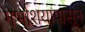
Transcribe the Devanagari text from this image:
गर्भाशयापासून